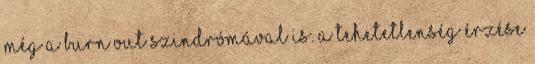
még a burn out szindrómával is. A tehetetlenség érzése